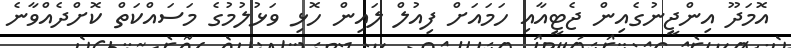
އޮމަދޫ އިންޖީނުގެއިން ޖެޓީއާއި ހަމައަށް ފިއުލް ލައިން ހޮޅި ވަޅުލުމުގެ މަސައްކަތް ކޮށްދެއްވާނެ